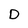
Character: D